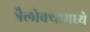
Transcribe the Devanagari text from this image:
त्रैलोक्यामध्ये